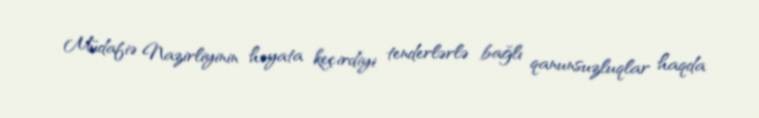
Müdafiə Nazirliyinin həyata keçirdiyi tenderlərlə bağlı qanunsuzluqlar haqda